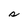
Character: s